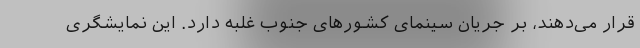
قرار می‌دهند، بر جریان سینمای کشورهای جنوب غلبه دارد. این نمایشگری